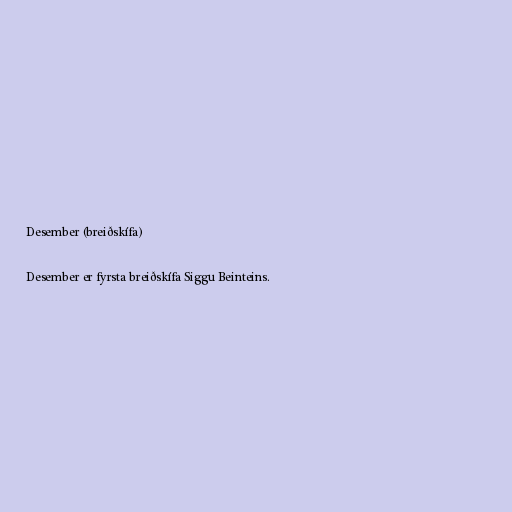
Desember (breiðskífa)

Desember er fyrsta breiðskífa Siggu Beinteins.